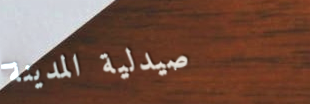
صيدلية المدينة